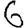
Digit: 6